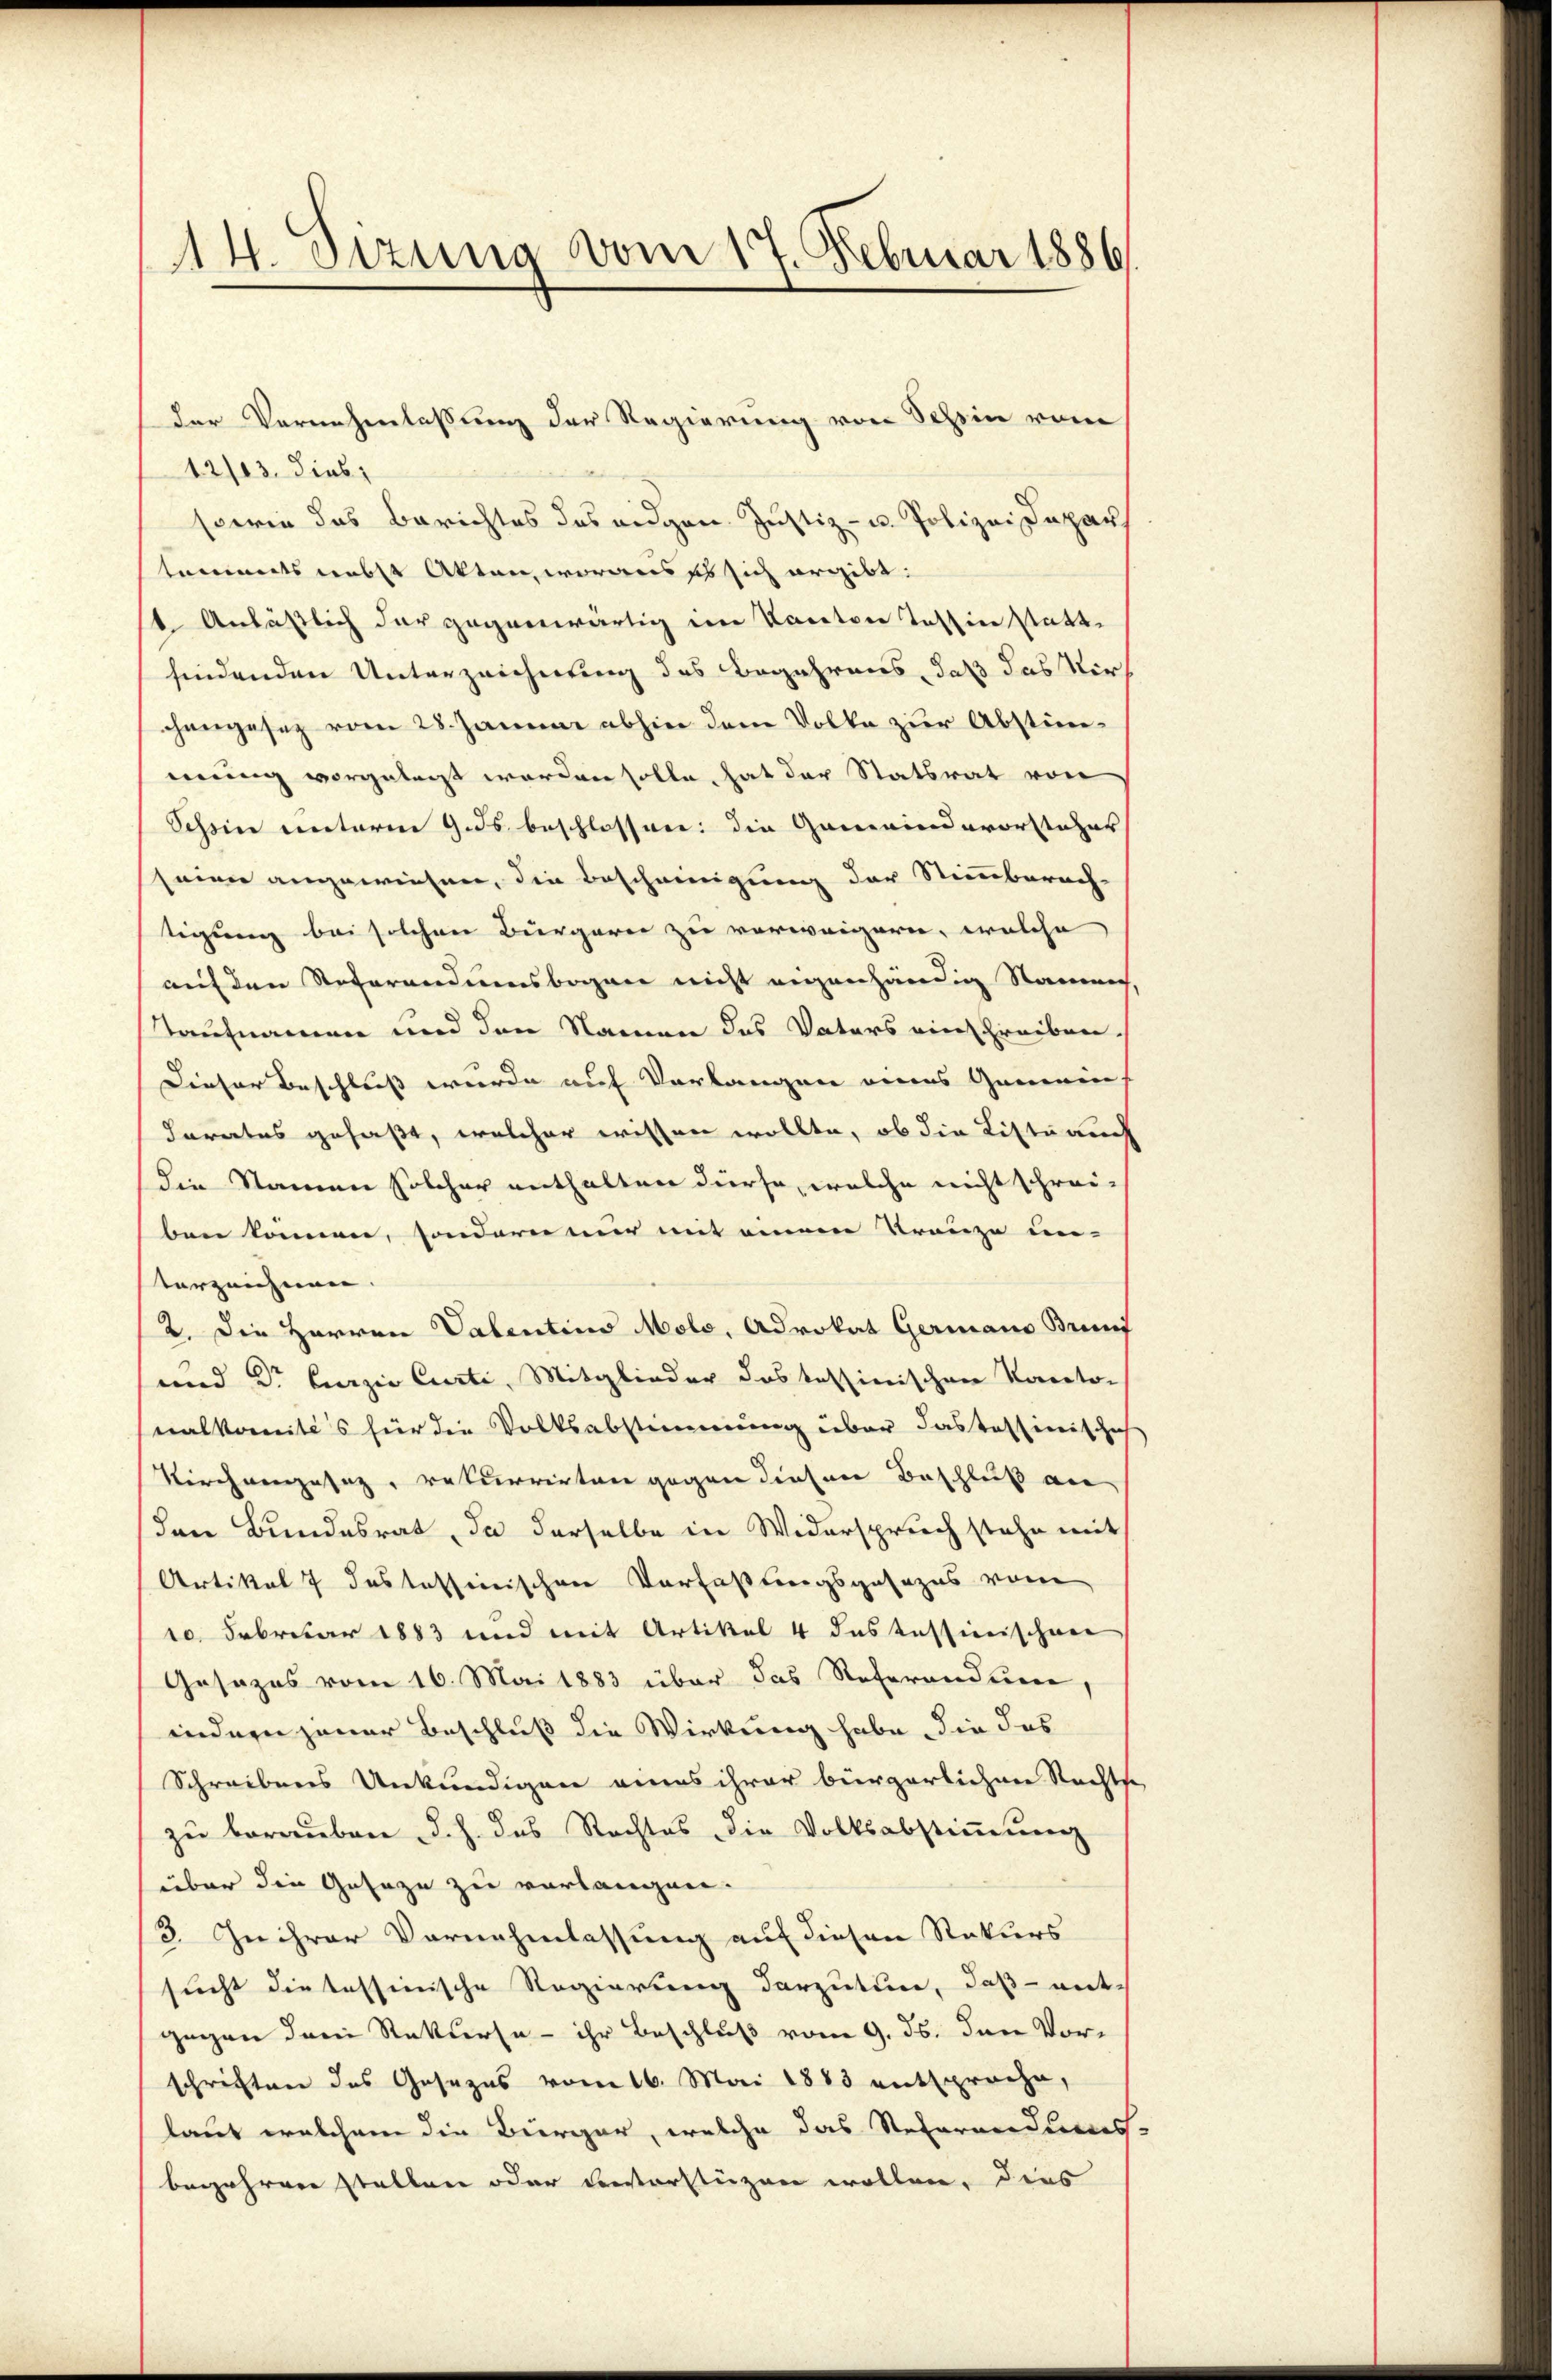
14. Dezung vom 17. Februar 1886

12/03 dies
sowie das Berichtes das eigen Justiz- u. Polizei Depar
tammets nebst Akten, woraus es sich ergibt:
1. Anlässlich der gegenwärtig im Kanton Tessin statte
findenden Unterzeichnung des Begehrens, daß das Virchangesez vom 28. Januar abhin dem Volke zur Abstimmung vorgelegt worden solle, hat der Statsrat von
Schein unterm 9. ds. beschlossen: die Gemeindevorsteher
seine angewiesen, die Bescheinigung der Stimmberach-
tigung bei solchen Bürgerer zu verweigern, welche
auf den Referandumsbogen nicht eigenhändig Namen,
Taufnamen und den Namen des Vaters einschreiben,
Dieser Beschluss werde auf Verlangen eines Gemeins
Farates gefaßt, welcher wissen wollte, ob die Listerck
die Namen solcher enthalten dürfe, welche nicht schrei-
ben können, sondern nur mit einem Trauze un-
terzeichnen. |
2. Die Herren Valentin Molo, Advokat Germano Brunf
und Dr Curzio Curti, Mitglieder das tessinischen Kanto-
nalkomités für die Volksabstimmung über das Tessinischich
Kirchengesaz, rekurrirten gegen diesen Beschluß an
den Bundesrat, da derselbe in Widerspruch stehe mit
Artikel 7 des tessinischen Verfaßungsgesezes vom
10. Februar 1883 und mit Artikel 4 das tessinischen
Gesezes vom 16. Mai 1883 über das Referandum,
indern jener Beschluß die Wirkung habe, die das
Schreibens Unkundigen eines ihrer bürgerlichen Rechts
zu berauben d. h. das Rechtes die Volksabstiṁŭng
über die Gesage zu verlangen.
3. In ihrer Vornehmlassung auf diesen Rekurs
sucht die tessinische Regierung darzutun, daß ent-
gegen dem Rekurse - ihr Beschluß vom 9. ds. den Vorschriften des Gesezes vom 16. Mai 1883 entsproche,
laut welchem die Bürger, welche das Refernerdines
begehren stellen oder Resterstüzen wollen, dies

der Vernehmlassung der Regierung von Schein vom